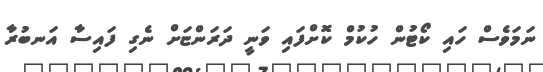
ނަމަވެސް ހައި ކޯޓުން ހުކުމް ކޮށްފައި ވަނީ ދަރަންޏަށް ނެގި ފައިސާ އަނބުރާ